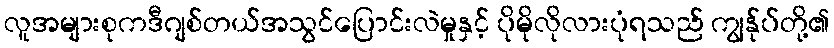
လူအများစုကဒီဂျစ်တယ်အသွင်ပြောင်းလဲမှုနှင့် ပိုမိုလိုလားပုံရသည် ကျွန်ုပ်တို့၏